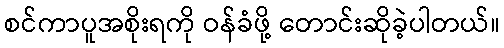
စင်ကာပူအစိုးရကို ဝန်ခံဖို့ တောင်းဆိုခဲ့ပါတယ်။